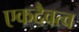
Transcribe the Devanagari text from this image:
एकदैवत्व